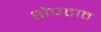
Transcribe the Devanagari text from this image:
शेपटात